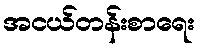
အငယ်တန်းစာရေး